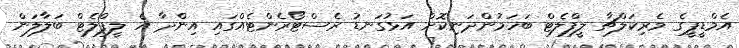
އެމްޑީޕީގެ މެރިކަލްޗާ ލީފްލެޓް ބަހަމުންދަނިކޮށް އަޅުގަނޑު ރެސްޓޯރެންޓެއްގައި އިންދާ އެ ލީފްލެޓް ބަލާލަން